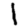
Digit: 1